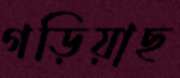
গড়িয়াছ